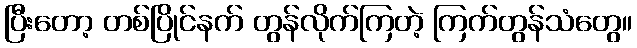
ပြီးတော့ တစ်ပြိုင်နက် တွန်လိုက်ကြတဲ့ ကြက်တွန်သံတွေ။